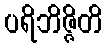
ပရိဘိဇ္ဇိတိ